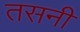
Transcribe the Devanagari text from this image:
तसनी